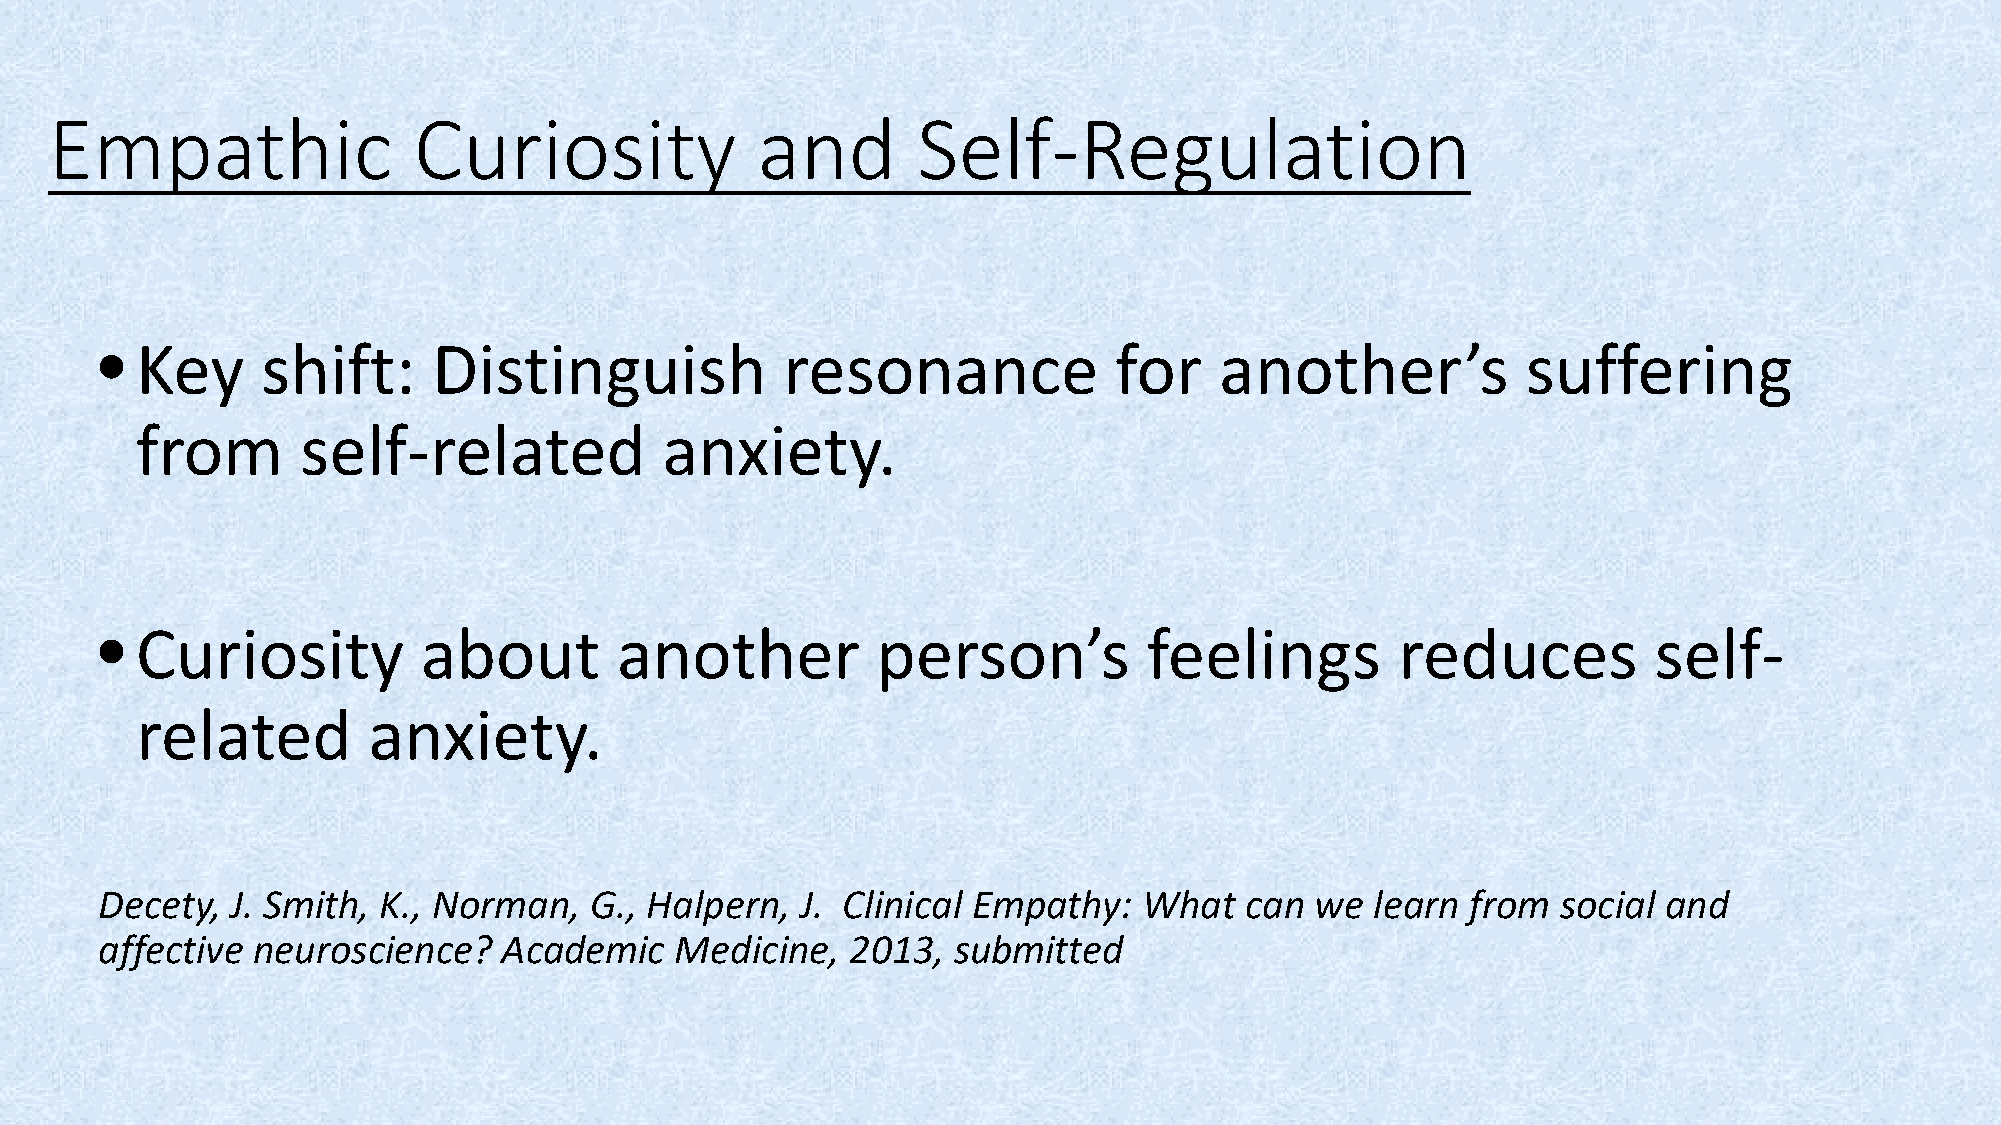
Empathic                Curiosity              and        Self-Regulation
 • Key     shift:      Distinguish            resonance             for    another’s           suffering
 from       self-related            anxiety.
 • Curiosity          about        another          person’s          feelings         reduces         self-
 related        anxiety.
 Decety, J. Smith, K., Norman,   G., Halpern,  J. Clinical Empathy:   What  can  we  learn from  social and
 affective neuroscience?   Academic    Medicine,  2013,  submitted